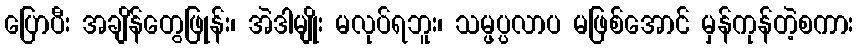
ပြောပီး အချိန်တွေဖြုန်း၊ အဲဒါမျိုး မလုပ်ရဘူး၊ သမ္ဖပ္ပလာပ မဖြစ်အောင် မှန်ကုန်တဲ့စကား